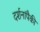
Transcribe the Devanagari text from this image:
दर्शनांपैकी